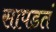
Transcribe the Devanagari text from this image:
सापडतं